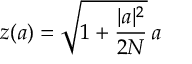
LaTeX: z ( a ) = \sqrt { 1 + \frac { | a | ^ { 2 } } { 2 N } } \, a